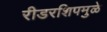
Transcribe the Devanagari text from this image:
रीडरशिपमुळे